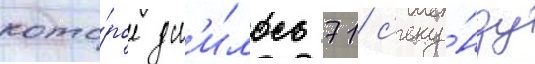
кото́рое дл'и́лось 71 с'еку́нду